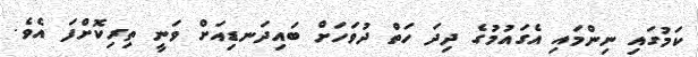
ކަމުގައި ނިންމައި އެގައުމުގެ ދިދަ ހަތް ދުވަހަށް ބައިދަނޑިއަށް ވަނީ ތިރިކޮށްފަ އެވެ.